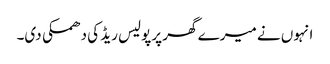
انہوں نے میرے گھر پرپولیس ریڈ کی دھمکی دی۔